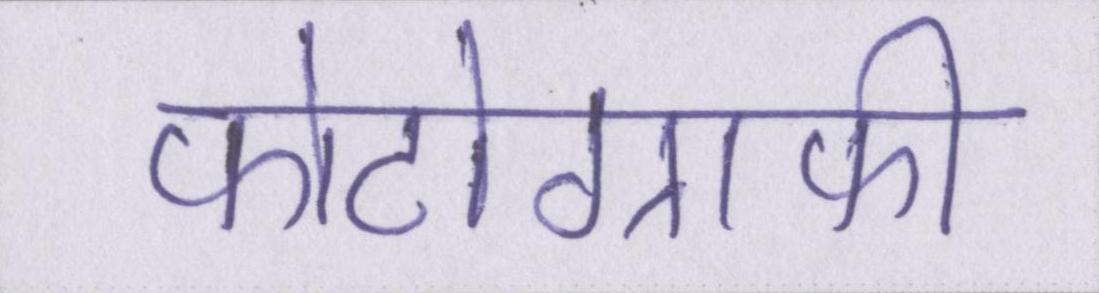
फोटोग्राफी